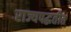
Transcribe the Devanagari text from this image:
राज्यपद्धतीत